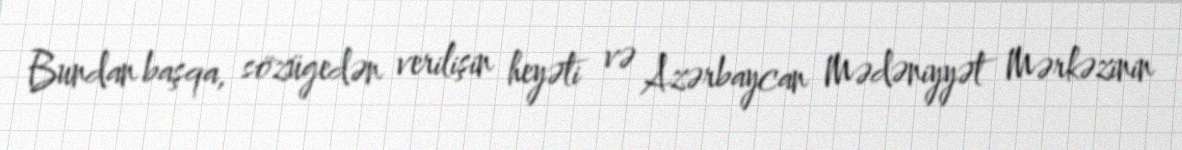
Bundan başqa, sözügedən verilişin heyəti və Azərbaycan Mədəniyyət Mərkəzinin